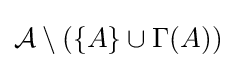
{\mathcal {A}}\setminus (\{A\}\cup \Gamma (A))